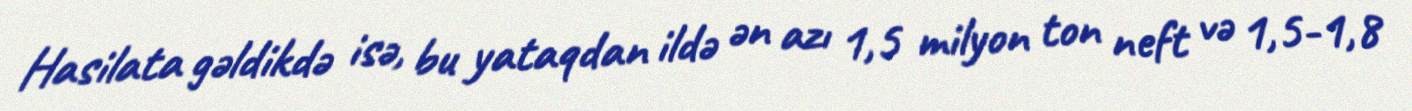
Hasilata gəldikdə isə, bu yataqdan ildə ən azı 1,5 milyon ton neft və 1,5-1,8